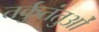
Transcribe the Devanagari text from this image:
तर्कुतंतुओं